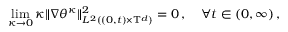
\operatorname* { l i m } _ { \kappa \to 0 } \kappa \| \nabla \theta ^ { \kappa } \| _ { L ^ { 2 } ( ( 0 , t ) \times \ensuremath { \mathbb { T } } ^ { d } ) } ^ { 2 } = 0 \, , \quad \forall t \in ( 0 , \infty ) \, ,